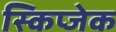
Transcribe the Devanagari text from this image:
स्किप्जेक